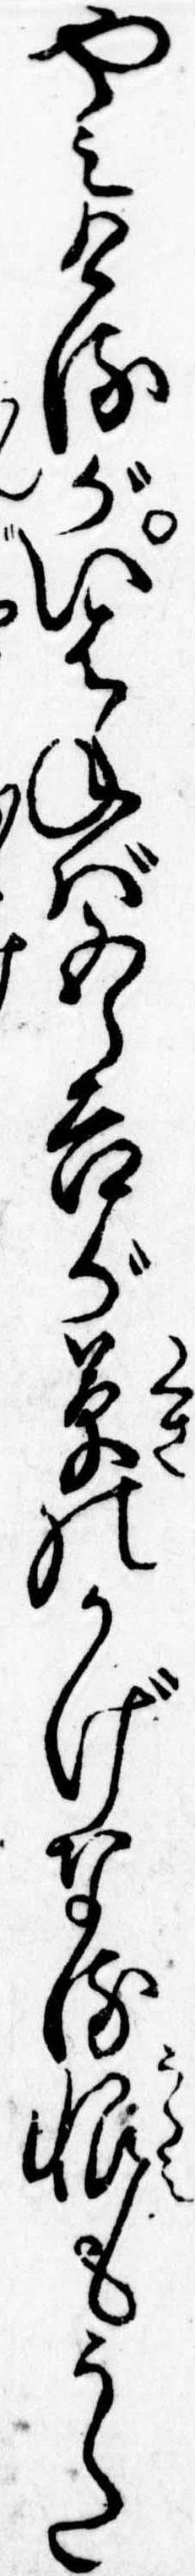
やみけるがいはねば五郎吉が草のかげなる恨もうた